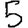
Digit: 5